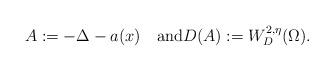
LaTeX: \begin{align*}A:=-\Delta-a(x)\quad\mbox{and}D(A):=W_{D}^{2,\eta}(\Omega).\end{align*}